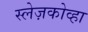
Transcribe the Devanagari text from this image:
स्लेज़कोव्हा